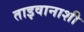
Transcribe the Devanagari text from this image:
ताइवानाशी